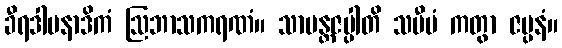
ခီရဒါပနာဒိကံ ဩဘာသကရဏံ။ သာမန္တဇပ္ပါတိ သမီပံ ကတွာ ဇပ္ပနံ။